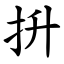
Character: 抍